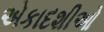
એકાદશીઓ